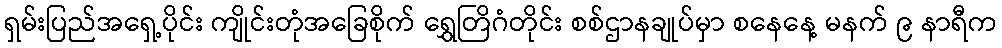
ရှမ်းပြည်အရှေ့ပိုင်း ကျိုင်းတုံအခြေစိုက် ရွှေတြိဂံတိုင်း စစ်ဌာနချုပ်မှာ စနေနေ့ မနက် ၉ နာရီက